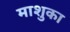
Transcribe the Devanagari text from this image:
माशुका